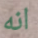
انه